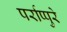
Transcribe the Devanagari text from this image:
पर्राप्पुरे